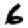
Digit: 6